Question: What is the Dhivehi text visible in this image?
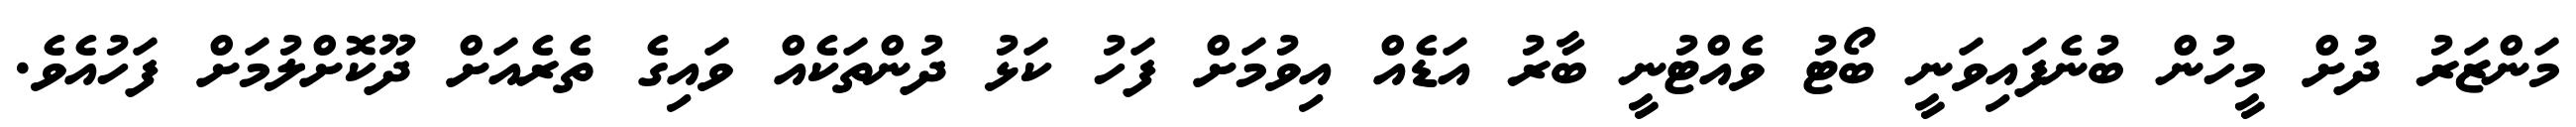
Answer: މަންޒަރު ދުށް މީހުން ބުނެފައިވަނީ ބޯޓު ވެއްޓުނީ ބާރު އަޑެއް އިވުމަށް ފަހު ކަޅު ދުންތަކެއް ވައިގެ ތެރެއަށް ދޫކޮށްލުމަށް ފަހުއެވެ.